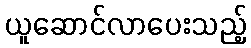
ယူဆောင်လာပေးသည့်